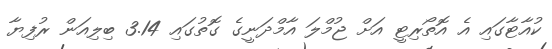
ކުއާޓާގައި އެ އޮތޯރިޓީ އަށް ޖުމްލަ އާމްދަނީގެ ގޮތުގައި 3.14 ބިލިއަން ރުފިޔާ